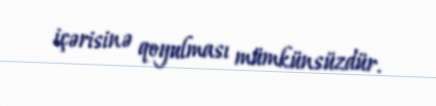
içərisinə qoyulması mümkünsüzdür.